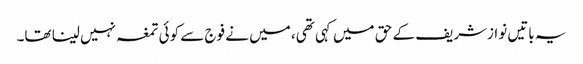
یہ باتیں نوازشریف کے حق میں کہی تھی، میں نے فوج سے کوئی تمغہ نہیں لینا تھا۔